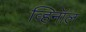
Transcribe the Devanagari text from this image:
व्हिनॉल